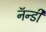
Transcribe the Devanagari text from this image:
नॅन्डी